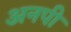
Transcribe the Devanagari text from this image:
अनपी